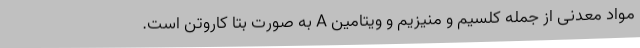
مواد معدنی از جمله کلسیم و منیزیم و ویتامین A به صورت بتا کاروتن است.